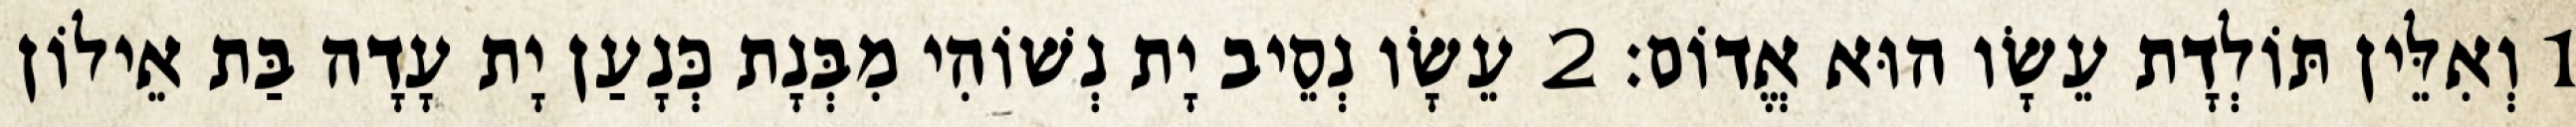
1 וְאִלֵּין תּוֹלְדָת עֵשָׂו הוּא אֱדוֹם׃ 2 עֵשָׂו נְסֵיב יָת נְשׁוֹהִי מִבְּנָת כְּנָעַן יָת עָדָה בַּת אֵילוֹן